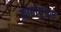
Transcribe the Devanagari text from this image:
कोठागुंडम